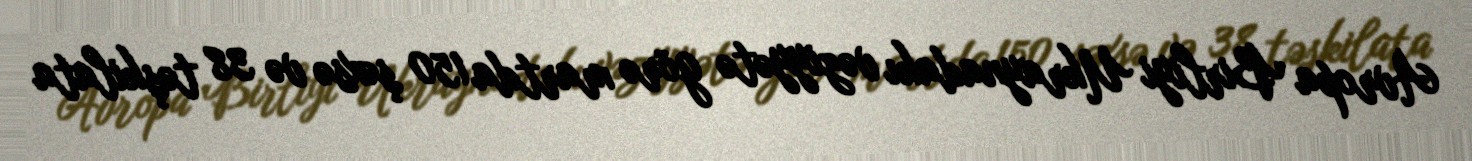
Avropa Birliyi Ukraynadakı vəziyyətə görə martda 150 şəxsə və 38 təşkilata